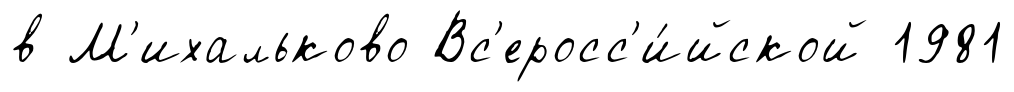
в М'ихальково Вс'еросс'и́йской 1981